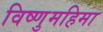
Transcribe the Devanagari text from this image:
विष्णुमहिमा